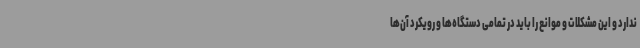
ندارد و این مشکلات و موانع را باید در تمامی دستگاه‌ها و رویکرد آن‌ها